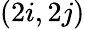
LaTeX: (2i,2j)